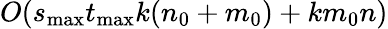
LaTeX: O(s_{\mathrm{max}}t_{\mathrm{max}}k(n_{0}+m_{0})+km_{0}n)